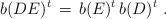
LaTeX: \begin{align*}b(DE)^t \,=\, b(E)^t \,b(D)^t \ .\end{align*}